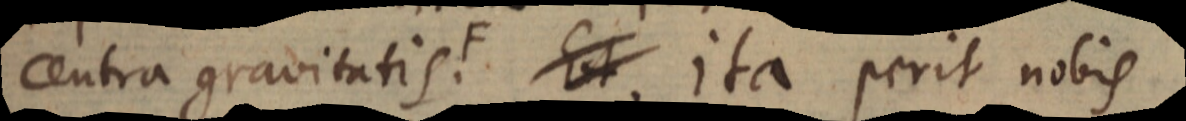
centra gravitatis. F Et ita perit nobis